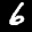
Label: 6